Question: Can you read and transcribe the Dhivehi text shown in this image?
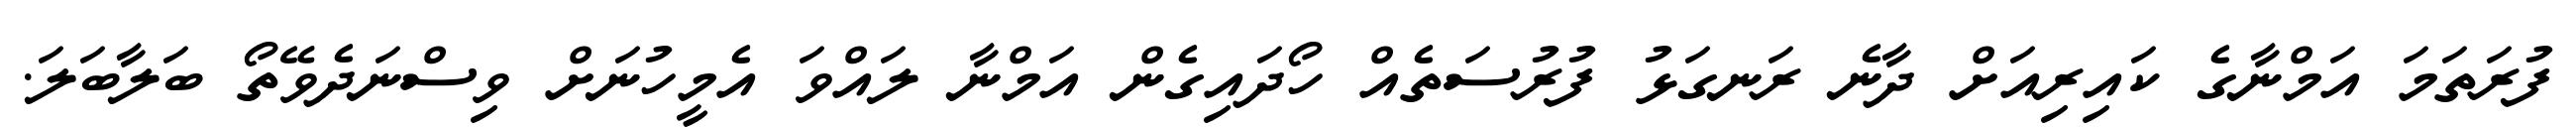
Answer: ފުރަތަމަ އަމްނާގެ ކައިރިއަށް ދާނެ ރަނގަޅު ފުރުސަތެއް ހޯދައިގެން އަމްނާ ލައްވަ އެމީހުނަށް ވިސްނަދެވޭތޯ ބަލާބަލަ.